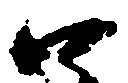
口